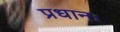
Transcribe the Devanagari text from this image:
प्रधानः